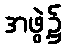
အဖွဲ့၌